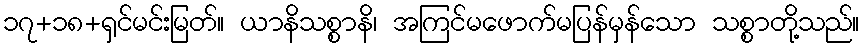
၁၇+၁၈+ရှင်မင်းမြတ်။ ယာနိသစ္စာနိ၊ အကြင်မဖောက်မပြန်မှန်သော သစ္စာတို့သည်။